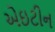
એઇટીન